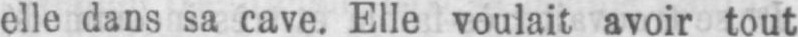
elle dans sa cave. Elle voulait avoir tout